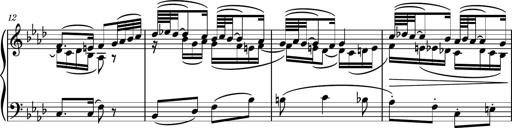
Title: Piano Sonatina II
Composer: Dimitri Sykias
Key: F major